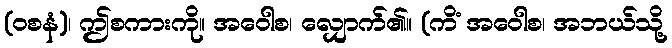
(ဝစနံ)၊ ဤစကားကို။ အဝေါစ၊ လျှောက်၏။ (ကိံ အဝေါစ၊ အဘယ်သို့